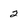
Character: 2